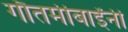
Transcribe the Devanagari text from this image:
गौतमीबाईंनी